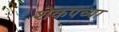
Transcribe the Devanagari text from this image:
शेकपच्या